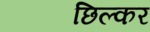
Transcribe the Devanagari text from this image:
छिल्कर